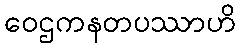
ဝေဌကနတပဿာဟိ